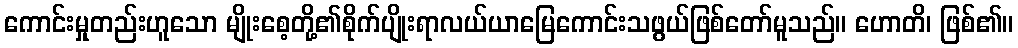
ကောင်းမှုတည်းဟူသော မျိုးစေ့တို့၏စိုက်ပျိုးရာလယ်ယာမြေကောင်းသဖွယ်ဖြစ်တော်မူသည်။ ဟောတိ၊ ဖြစ်၏။